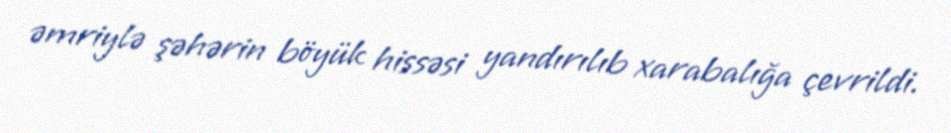
əmriylə şəhərin böyük hissəsi yandırılıb xarabalığa çevrildi.